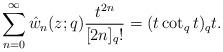
LaTeX: \begin{align*}\sum_{n=0}^{\infty}\hat{w}_n(z;q)\frac{t^{2n}}{[2n]_q!}= (t\cot_q t) _q t . \end{align*}